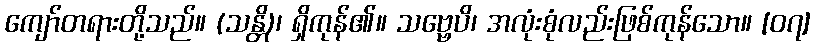
ကျော်တရားတို့သည်။ (သန္တိ)၊ ရှိကုန်၏။ သဗ္ဗေပိ၊ အလုံးစုံလည်းဖြစ်ကုန်သော။ [၀၇]